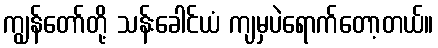
ကျွန်တော်တို့ သန်းခေါင်ယံ ကျမှပဲရောက်တော့တယ်။